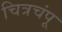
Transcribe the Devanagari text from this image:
चित्रचंपू